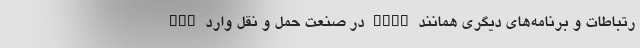
رتباطات و برنامه‌های دیگری همانند Bolt در صنعت حمل و نقل وارد App